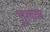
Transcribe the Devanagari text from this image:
भुलवा